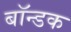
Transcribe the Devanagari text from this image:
बॉन्डक